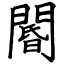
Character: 閽